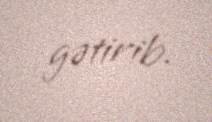
gətirib.